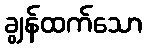
ချွန်ထက်သော